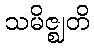
သမိဇ္ဈတိ